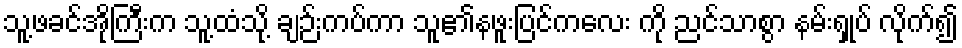
သူ့ဖခင်အိုကြီးက သူ့ထံသို့ ချဉ်းကပ်ကာ သူ၏နဖူးပြင်ကလေး ကို ညင်သာစွာ နမ်းရှုပ် လိုက်၍